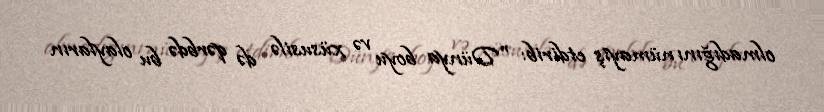
olmadığını nümayiş etdirib: "Dünya boyu və xüsusilə də qərbdə bu olayların